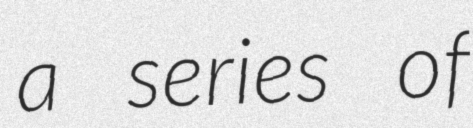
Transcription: a series of